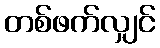
တစ်ဖက်လျှင်